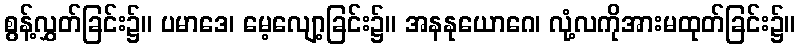
စွန့်လွှတ်ခြင်း၌။ ပမာဒေ၊ မေ့လျော့ခြင်း၌။ အနနုယောဂေ၊ လုံ့လကိုအားမထုတ်ခြင်း၌။